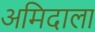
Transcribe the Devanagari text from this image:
अमिदाला